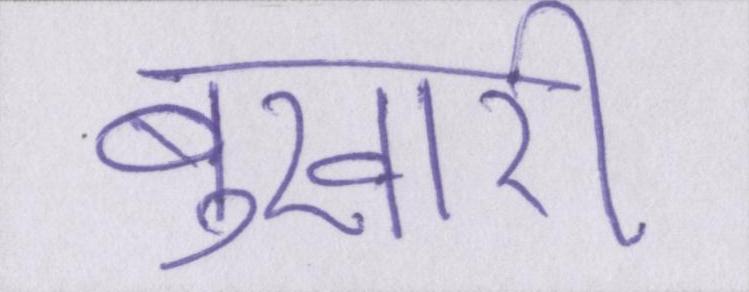
बुखारी